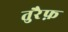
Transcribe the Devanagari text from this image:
तुरैफ़